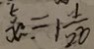
x = 1 \frac { 1 } { 2 0 }